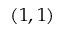
( 1 , 1 )